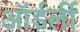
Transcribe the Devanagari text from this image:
ऑर्डर्ली